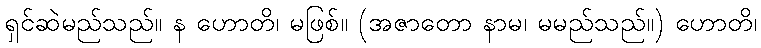
ရှင်ဆဲမည်သည်။ န ဟောတိ၊ မဖြစ်။ (အဇာတော နာမ၊ မမည်သည်။) ဟောတိ၊